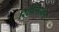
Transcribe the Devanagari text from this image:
रिटैलिएशन